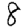
Digit: 8